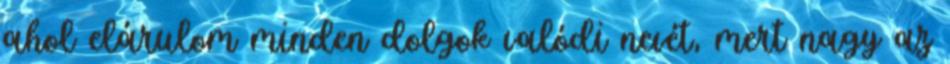
ahol elárulom minden dolgok valódi nevét, mert nagy az